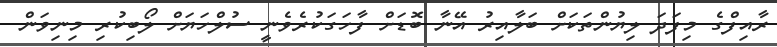
ރާއިފްގެ މިފަދަ ލިޔުންތަކަށް ބަލާއިރު އޭނާ ބޮޑަށް ފާހަގަކުރެވެނީ ސުލްހަޔަށް ލޯބިކުރި މިނިވަން